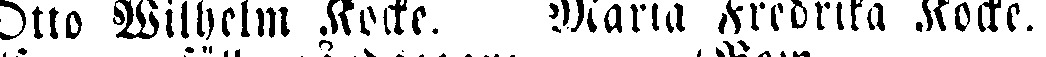
Otto Wilhelm Kocke. Maria Fredrika Kocke.